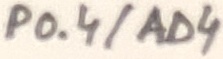
Text: P0.4/AD4